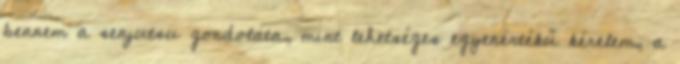
bennem a senjutsu gondolata, mint lehetséges egyenértékű kérelem, a